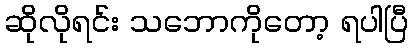
ဆိုလိုရင်း သဘောကိုတော့ ရပါပြီ